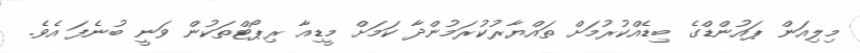
މިލިއަން ޕައުންޑްގެ ބިޑެއްކުރުމަށް ތައްޔާރުކުރަމުންދާ ކަމަށް މީޑިއާ ރިޕޯޓްތަކުން ވަނީ ބުނެފަ އެވެ.